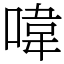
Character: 喡